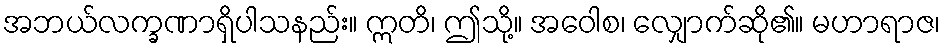
အဘယ်လက္ခဏာရှိပါသနည်း။ ဣတိ၊ ဤသို့။ အဝေါစ၊ လျှောက်ဆို၏။ မဟာရာဇ၊